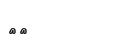
٣٧